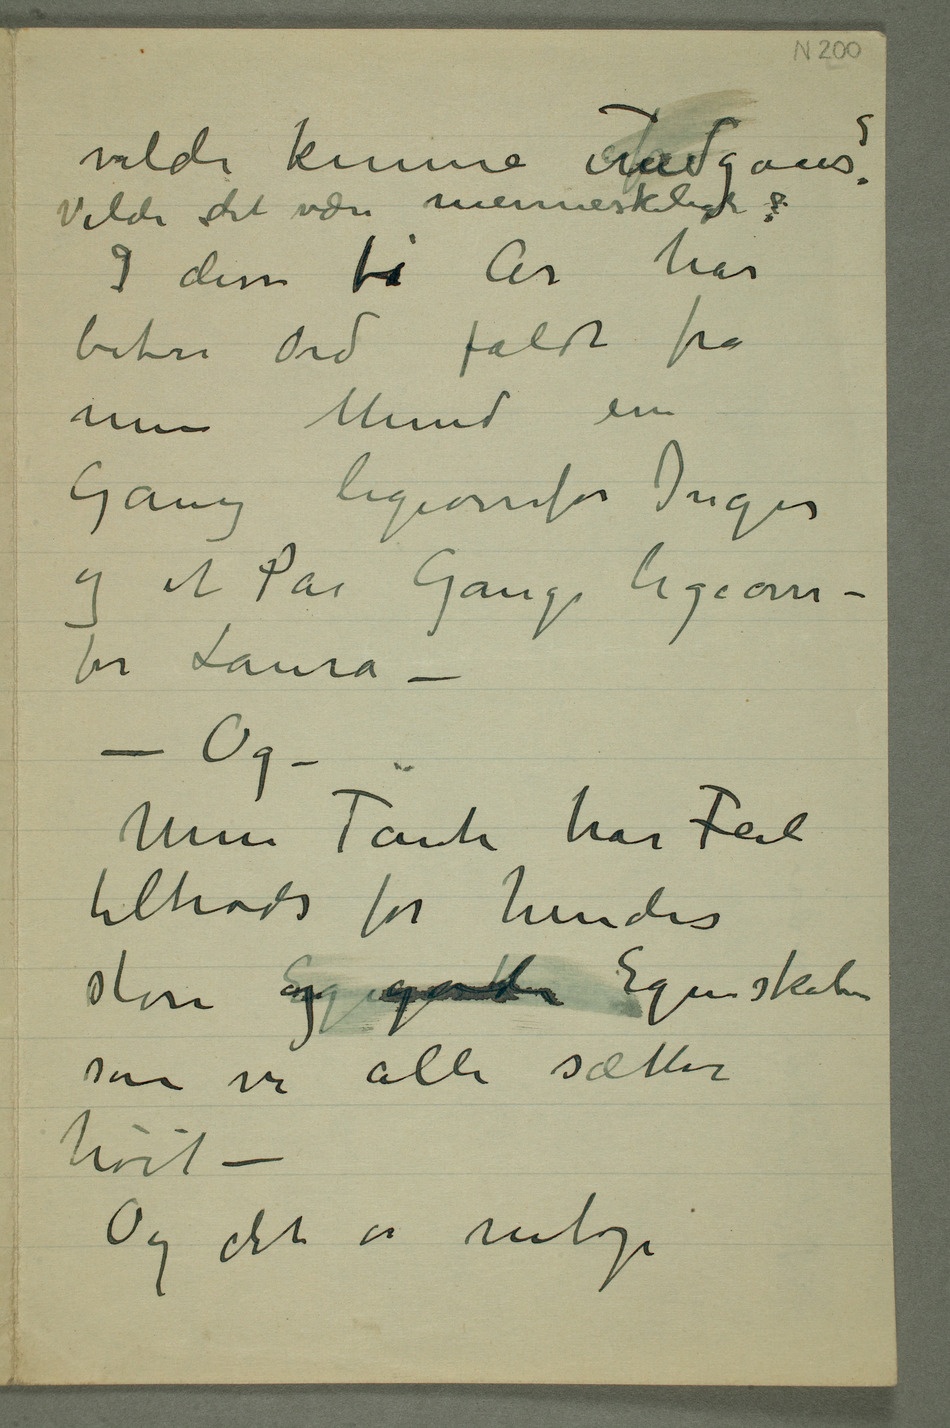
vilde kunne afundgaaes?
I disse ti År har
bitre Ord faldt fra
min Mund en
Gang ligeoverfor Inger
og et Par Gange ligeover–
for Laura
– – Og
Min Tante har Feil
tiltrods for hendes
store Egenskaperog gode Egenskaber
som vi alle sætter
høit –
Og det er netop